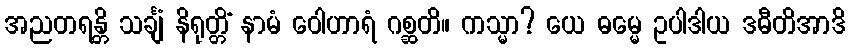
အညတရန္တိ သင်္ချံ နိရုတ္တိံ နာမံ ဝေါဟာရံ ဂစ္ဆတိ။ ကသ္မာ? ယေ ဓမ္မေ ဥပါဒါယ ဒဓီတိအာဒိ